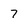
Character: 7